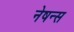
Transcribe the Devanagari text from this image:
नेषन्स